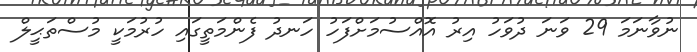
ނުވާނަމަ 29 ވަނަ ދުވަހު އިރު އޮއްސުމަށްފަހު ހަނދު ފެންމަތީގައި ހުރުމަކީ މުސްތަޙީލް